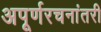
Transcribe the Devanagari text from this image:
अपूर्णरचनांतरी